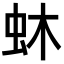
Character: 蚞